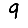
Digit: 9